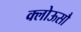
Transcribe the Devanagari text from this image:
क्लोऊसौ